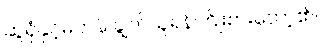
ဆွဲရုံနှင့်မတန် ချွတ်ယူရန်ကြိုးစားတော့၏။